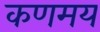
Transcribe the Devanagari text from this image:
कणमय